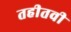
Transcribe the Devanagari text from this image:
तहीतवी